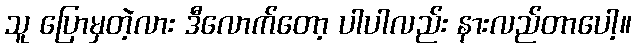
သူ ပြောမှတဲ့လား ဒီလောက်တော့ ပါပါလည်း နားလည်တာပေါ့။